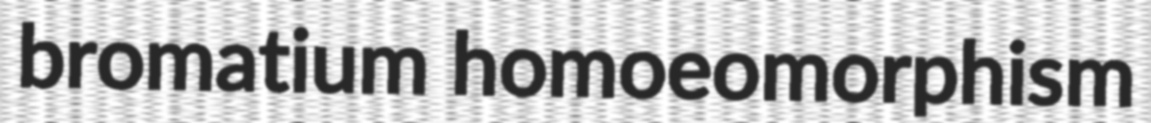
bromatium homoeomorphism